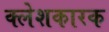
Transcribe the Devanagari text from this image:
क्लेशकारक